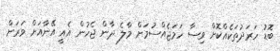
ބޮޑު ހަރަދުތަކެއްކޮށް ވިސާ ހަމަޖެއްސުމަށް މާލެ ދާން ޖެހުން އެއީ އޭނާއަށް ވަރަށް